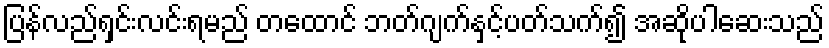
ပြန်လည်ရှင်းလင်းရမည် တထောင် ဘတ်ဂျက်နှင့်ပတ်သက်၍ အဆိုပါဆေးသည်